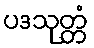
ပဒသုတ္တံ